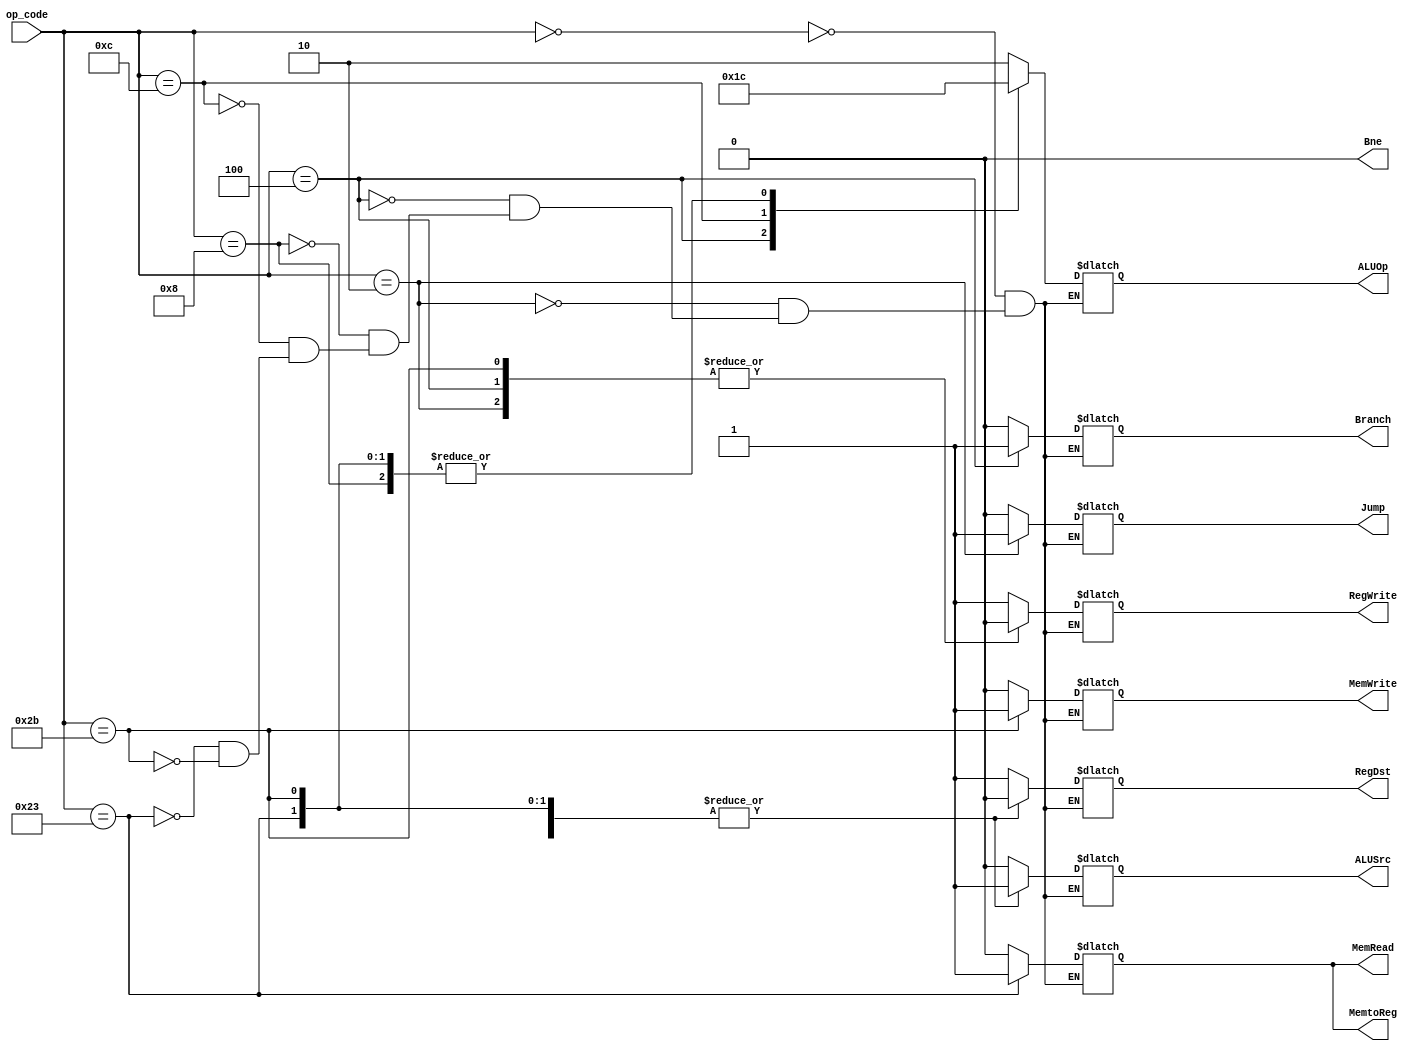
`ifndef MODULE_CONTROL
`define MODULE_CONTROL
`timescale 1ns / 1ps

module Control (
    input       [5:0]   op_code,
    output reg  [1:0]   ALUOp,
    output reg  RegDst,
                Jump,
                Branch,
                Bne,
                MemRead,
                MemtoReg,
                MemWrite,
                ALUSrc,
                RegWrite
);

    initial begin
        RegDst      = 1'b0;
        Jump        = 1'b0;
        Branch      = 1'b0;
        Bne         = 1'b0;
        MemRead     = 1'b0;
        MemtoReg    = 1'b0;
        MemWrite    = 1'b0;
        ALUSrc      = 1'b0;
        RegWrite    = 1'b0;
        ALUOp       = 2'b00;
    end

    always @ ( *) begin
        case (op_code)
            6'b000000: begin // R-type
                RegDst      <= 1'b1;
                Jump        <= 1'b0;
                Branch      <= 1'b0;
                Bne         <=1'b0;
                MemRead     <= 1'b0;
                MemtoReg    <= 1'b0;
                MemWrite    <= 1'b0;
                ALUSrc      <= 1'b0;
                RegWrite    <= 1'b1;
                ALUOp       <= 2'b10;
            end
            6'b000010: begin // j
                RegDst      <= 1'b1;
                Jump        <= 1'b1;
                Branch      <= 1'b0;
                 Bne         <=1'b0;
                MemRead     <= 1'b0;
                MemtoReg    <= 1'b0;
                MemWrite    <= 1'b0;
                ALUSrc      <= 1'b0;
                RegWrite    <= 1'b0;
                ALUOp       <= 2'b10;
			end
            6'b000100: begin // beq
                RegDst      <= 1'b1;
                Jump        <= 1'b0;
                Branch      <= 1'b1;
                 Bne         <=1'b0;
                MemRead     <= 1'b0;
                MemtoReg    <= 1'b0;
                MemWrite    <= 1'b0;
                ALUSrc      <= 1'b0;
                RegWrite    <= 1'b0;
                ALUOp       <= 2'b01;
            end
            6'b000100: begin // bne
                RegDst      <= 1'b1;
                Jump        <= 1'b0;
                Branch      <= 1'b0;
                 Bne         <=1'b1;
                MemRead     <= 1'b0;
                MemtoReg    <= 1'b0;
                MemWrite    <= 1'b0;
                ALUSrc      <= 1'b0;
                RegWrite    <= 1'b0;
                ALUOp       <= 2'b01;
            end
            6'b001000: begin // addi
                RegDst      <= 1'b0;
                Jump        <= 1'b0;
                Branch      <= 1'b0;
                 Bne         <=1'b0;
                MemRead     <= 1'b0;
                MemtoReg    <= 1'b0;
                MemWrite    <= 1'b0;
                ALUSrc      <= 1'b1;
                RegWrite    <= 1'b1;
                ALUOp       <= 2'b00;
            end
            6'b001100: begin // andi
                RegDst      <= 1'b0;
                Jump        <= 1'b0;
                Branch      <= 1'b0;
                 Bne         <=1'b0;
                MemRead     <= 1'b0;
                MemtoReg    <= 1'b0;
                MemWrite    <= 1'b0;
                ALUSrc      <= 1'b1;
                RegWrite    <= 1'b1;
                ALUOp       <= 2'b11;
            end
            6'b100011: begin // lw
                RegDst      <= 1'b0;
                Jump        <= 1'b0;
                Branch      <= 1'b0;
                 Bne         <=1'b0;
                MemRead     <= 1'b1;
                MemtoReg    <= 1'b1;
                MemWrite    <= 1'b0;
                ALUSrc      <= 1'b1;
                RegWrite    <= 1'b1;
                ALUOp       <= 2'b00;
			end
            6'b101011: begin // sw
                RegDst      <= 1'b0;
                Jump        <= 1'b0;
                Branch      <= 1'b0;
                 Bne         <=1'b0;
                MemRead     <= 1'b0;
                MemtoReg    <= 1'b0;
                MemWrite    <= 1'b1;
                ALUSrc      <= 1'b1;
                RegWrite    <= 1'b0;
                ALUOp       <= 2'b00;
			end

            default: ;
        endcase
    end

endmodule
`endif